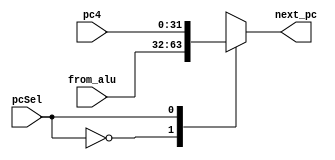
`timescale 1ns / 1ps
//////////////////////////////////////////////////////////////////////////////////
// Company: 
// Engineer: 
// 
// Design Name: 
// Module Name: MUX_PC
// Project Name: 
// Target Devices: 
// Tool Versions: 
// Description: 
// 
// Dependencies: 
// 
// Revision:
// Revision 0.01 - File Created
// Additional Comments:
// 
//////////////////////////////////////////////////////////////////////////////////


module MUX_PC(
    input [31:0]from_alu,    // 
    input [31:0]pc4,        // pc+4
    input pcSel,
    output reg[31:0]next_pc

    );
    
    always @(*)begin
        case(pcSel)
            0:  next_pc = from_alu;
            1:  next_pc = pc4;
        endcase
    end
endmodule